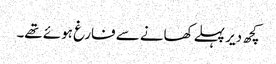
کچھ دیر پہلے کھانے سے فارغ ہوئے تھے۔